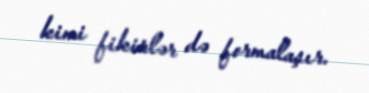
kimi fikirlər də formalaşır.